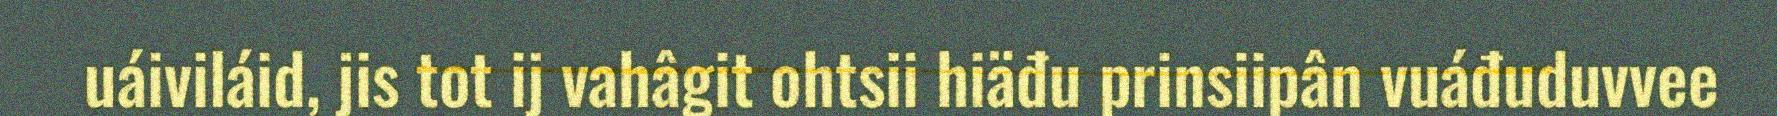
uáiviláid, jis tot ij vahâgit ohtsii hiäđu prinsiipân vuáđuduvvee